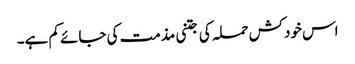
اس خودکش حملہ کی جتنی مذمت کی جائے کم ہے۔